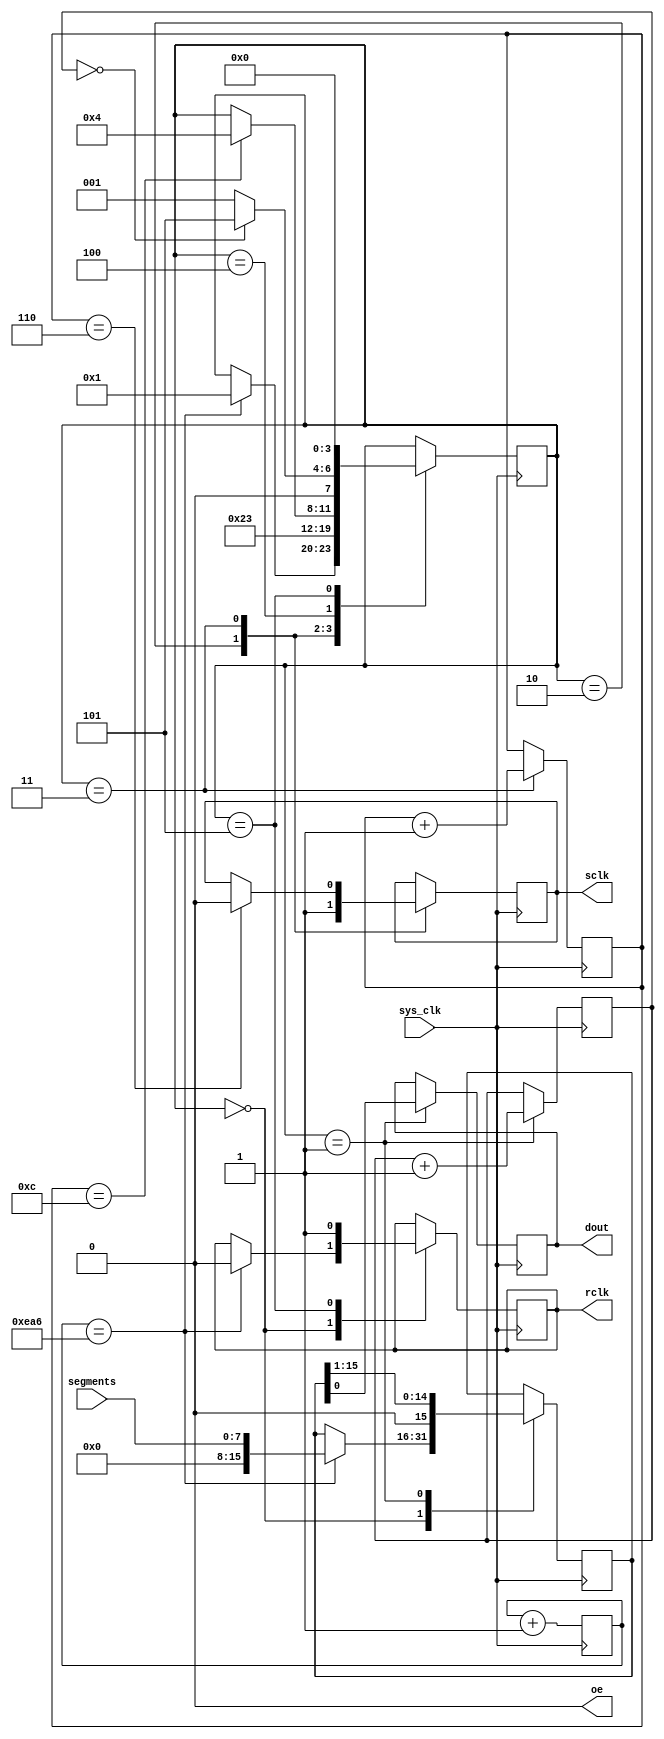



module drive_a_segment
#(
    parameter DISPLAY_HZ    = 800,          // Full Display Update Rate
    parameter SYSCLK_F      = 24000000,     // Input Clock Freq.
    parameter SHIFT_CLK_F   = 2000000       // SCLK Rate
)(
    input sys_clk,
    input [7:0]segments,

    output reg sclk,
    output reg rclk,
    output reg oe,
    output reg dout
);
    localparam SEG_CT = 8;

    localparam RCLK_COMMIT_2_OUTPUT = 1;
    localparam RCLK_CLR             = 0;

    localparam SEG_TIME_HZ          = DISPLAY_HZ * SEG_CT;
    localparam SEG_TIME_CYC         = SYSCLK_F / SEG_TIME_HZ;
    localparam SEG_TIME_W           = $clog2(SEG_TIME_CYC);

    localparam SHIFT_CLK_DIV        = SYSCLK_F / SHIFT_CLK_F;
    localparam SHIFT_CLK_DIV_W      = $clog2(SHIFT_CLK_DIV);

    reg [(SHIFT_CLK_DIV_W - 1):0] sclk_counter;
    reg [(SEG_TIME_W - 1):0] seg_clk_counter;

    reg [15:0] shifto;

    reg [3:0]   oa_state;
    localparam IDLE = 4'h0;
    localparam SHIF = 4'h1;
    localparam SHIF_H = 4'h2;
    localparam SHIF_L = 4'h3;
    localparam INTER = 4'h4;
    localparam COMMIT = 4'h5;

    reg [3:0]shctr;

    initial begin
        sclk    = 0;
        rclk    = 0;
        oe      = 0;
        dout    = 0;
        shifto  = 0;
        seg_clk_counter = 0;
        sclk_counter = 0;
        shctr = 0;
    end

    always @ (posedge sys_clk) begin
        seg_clk_counter <= seg_clk_counter + 1;
    end

    always @ (posedge sys_clk) begin
        case (oa_state)
            IDLE: begin
                if(seg_clk_counter == SEG_TIME_CYC) begin
                    shifto      <= {8'h00, segments};
                    oa_state    <= SHIF;
                    rclk        <= 1'b0;
                end
            end
            SHIF: begin
                dout        <= shifto[0];
                shifto      <= shifto >> 1;
                oa_state    <= SHIF_H;
                shctr       <= shctr + 1;
            end
            SHIF_H: begin
                sclk        <= 1'b1;
                oa_state    <= SHIF_L;
            end
            SHIF_L: begin
                sclk_counter <= sclk_counter + 1;
                if(sclk_counter == (SHIFT_CLK_DIV / 2)) sclk <= 1'b0;
                if(sclk_counter == SHIFT_CLK_DIV) begin
                    oa_state <= INTER;
                end
            end
            INTER: begin
                if(!shctr) oa_state <= COMMIT;
                else oa_state <= SHIF;
            end
            COMMIT: begin
                rclk        <= 1'b1;
                oa_state    <= IDLE;
            end
        endcase
    end
endmodule